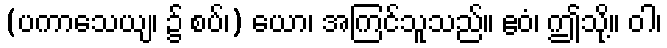
(ပကာသေယျ၊ ၌ စပ်၊) ယော၊ အကြင်သူသည်။ ဧဝံ၊ ဤသို့။ ဝါ၊